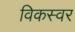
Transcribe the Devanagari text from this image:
विकस्वर